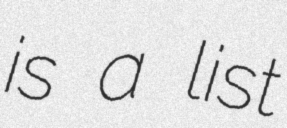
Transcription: is a list